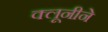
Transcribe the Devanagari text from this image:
क्लूनीने